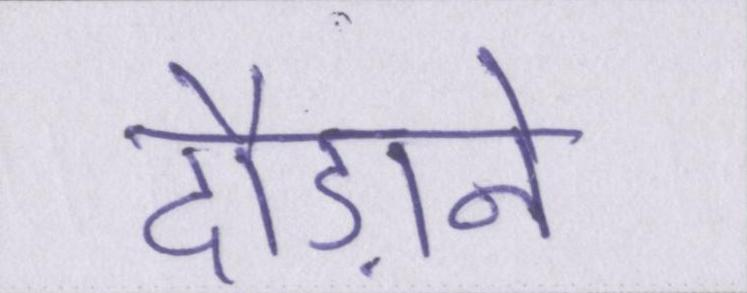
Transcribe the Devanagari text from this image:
दौड़ाने